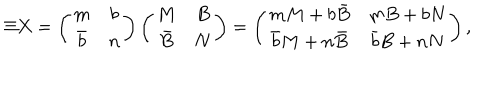
LaTeX: \Xi X = \left( \begin{array} { c c } { { m } } & { { b } } \\ { { \bar { b } } } & { { n } } \\ \end{array} \right) \left( \begin{array} { c c } { { M } } & { { B } } \\ { { \bar { B } } } & { { N } } \\ \end{array} \right) = \left( \begin{array} { c c } { { m M + b \bar { B } } } & { { m B + b N } } \\ { { \bar { b } M + n \bar { B } } } & { { \bar { b } B + n N } } \\ \end{array} \right) ,